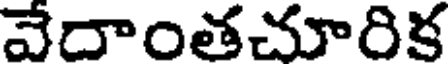
వేదాంతచూరిక